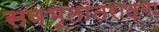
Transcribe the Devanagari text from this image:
सवभूतांतरात्मा